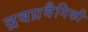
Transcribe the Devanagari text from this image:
द्रवप्रवैगिकी